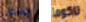
جسمي تاكوما